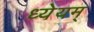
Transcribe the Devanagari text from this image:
ध्येयम्‌